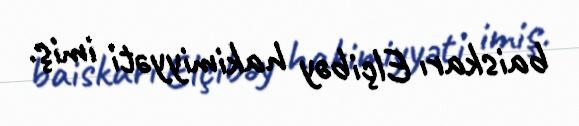
baiskarı Elçibəy hakimiyyəti imiş.